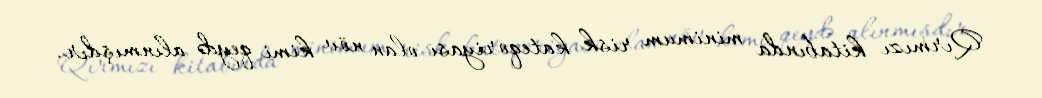
Qırmızı kitabında minimum risk kateqoriyası olan növ kimi qeydə alınmışdır.